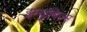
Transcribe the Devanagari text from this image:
इम्युनिज़्म